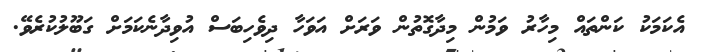
އެކަމަކު ކަންތައް މިހާރު ވަމުން މިދާގޮތުން ވަރަށް އަވަހާ ދިވެހިބަސް އުވިދާނެކަމަށް ގަބޫލުކުރެވޭ.